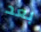
بعد